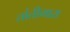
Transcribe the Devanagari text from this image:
तांतीमारा